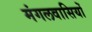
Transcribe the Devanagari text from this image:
मंगलवासियों